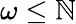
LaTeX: \omega\leq\mathbb{N}